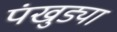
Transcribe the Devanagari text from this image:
पंखुड्या